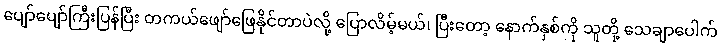
ပျော်ပျော်ကြီးပြန်ပြီး တကယ်ဖျော်ဖြေနိုင်တာပဲလို့ ပြောလိမ့်မယ်၊ ပြီးတော့ နောက်နှစ်ကို သူတို့ သေချာပေါက်